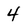
Character: 4